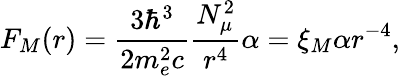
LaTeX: F_{M}(r)=\frac{3\hbar^{3}}{2m_{e}^{2}c}\frac{N_{\mu}^{2}}{r^{4}}\alpha=\xi_{M}\alpha r^{-4},